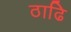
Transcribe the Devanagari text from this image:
ठाढि